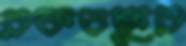
রক্তচক্ষুর